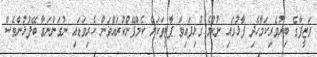
ވަޒީފާގެ ބިރުވެރިކަމާހެދި ފާޅުގައި ނުކުމެ ގުޅިފައިވާ ޕާޓީތަކަށް ކެމްޕޭންކުރައްވަން ކެރިވަޑައި ނުގަންނަވާ ބޭފުޅުންވެސް